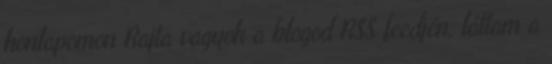
honlapomon Rajta vagyok a blogod RSS feedjén, láttam a